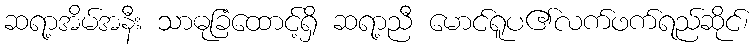
ဆရာ့အိမ်အနီး သာဓုခြံထောင့်ရှိ ဆရာ့ညီ မောင်ရူပ၏လက်ဖက်ရည်ဆိုင်၊